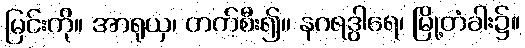
မြင်းကို။ အာရုယှ၊ တက်စီး၍။ နဂရဒွါရေ၊ မြို့တံခါး၌။